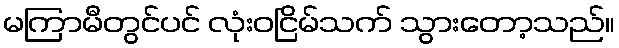
မကြာမီတွင်ပင် လုံးဝငြိမ်သက် သွားတော့သည်။